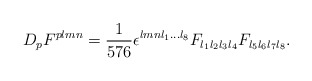
\begin{align*}D_{ p}F^{ p l m n}={1\over{576}}\epsilon^{ l m n l_1... l_8}F_{ l_1 l_2 l_3 l_4}F_{ l_5 l_6 l_7 l_8}.\end{align*}